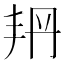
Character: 𠂴